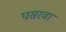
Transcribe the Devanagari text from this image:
पसरवा